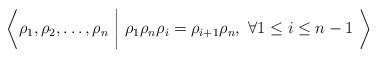
\begin{align*}\bigg\langle \rho_1, \rho_2, \dots, \rho_n \ \bigg\vert\ \rho_1 \rho_n \rho_{i} =\rho_{i+1} \rho_n,~\forall 1 \leq i \leq n-1\ \bigg\rangle\end{align*}